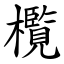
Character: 㰖